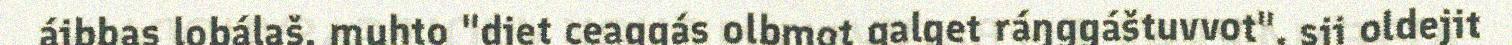
áibbas lobálaš, muhto "diet ceaggás olbmot galget ráŋggáštuvvot", sii oldejit